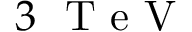
3 ~ { \textrm { T e V } }